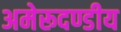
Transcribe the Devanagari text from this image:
अमेरूदण्डीय